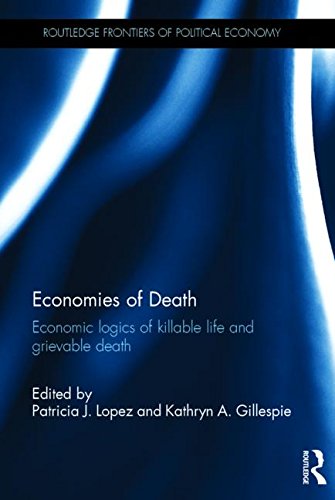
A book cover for Economies of Death: Economic logics of killable life and grievable death (Routledge Frontiers of Political Economy); Politics & Social Sciences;